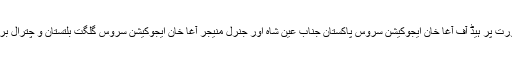
کھیلوں اوردیگر ہم نصابی سرگرمیوں کی اہمیت اور ضرورت پر ہیڈ آف آغا خان ایجوکیشن سروس پاکستان جناب عین شاہ اور جنرل منیجر آغا خان ایجوکیشن سروس گلگت بلتستان و چترال بریگیڈیئر ( ریٹائرڈ) خوش محمد خان کا طلبہ کے نام پیغام ۔